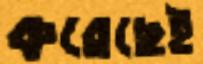
করেছেই